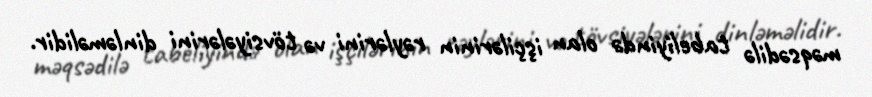
məqsədilə tabeliyində olan işçilərinin rəylərini və tövsiyələrini dinləməlidir.